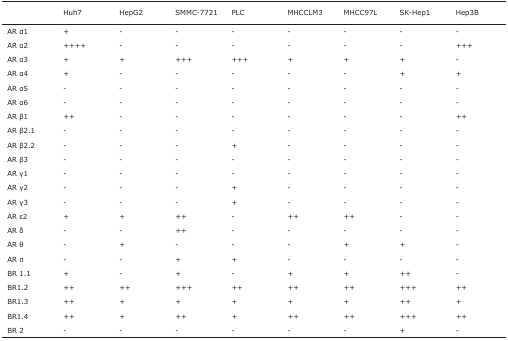
<table><thead><tr><td></td><td><b>Huh7</b></td><td><b>HepG2</b></td><td><b>SMMC-7721</b></td><td><b>PLC</b></td><td><b>MHCCLM3</b></td><td><b>MHCC97L</b></td><td><b>SK-Hep1</b></td><td><b>Hep3B</b></td></tr></thead><tbody><tr><td>AR α1</td><td>+</td><td>-</td><td>-</td><td>-</td><td>-</td><td>-</td><td>-</td><td>-</td></tr><tr><td>AR α2</td><td>++++</td><td>-</td><td>-</td><td>-</td><td>-</td><td>-</td><td>-</td><td>+++</td></tr><tr><td>AR α3</td><td>+</td><td>+</td><td>+++</td><td>+++</td><td>+</td><td>+</td><td>+</td><td>-</td></tr><tr><td>AR α4</td><td>+</td><td>-</td><td>-</td><td>-</td><td>-</td><td>-</td><td>+</td><td>+</td></tr><tr><td>AR α5</td><td>-</td><td>-</td><td>-</td><td>-</td><td>-</td><td>-</td><td>-</td><td>-</td></tr><tr><td>AR α6</td><td>-</td><td>-</td><td>-</td><td>-</td><td>-</td><td>-</td><td>-</td><td>-</td></tr><tr><td>AR β1</td><td>++</td><td>-</td><td>-</td><td>-</td><td>-</td><td>-</td><td>-</td><td>++</td></tr><tr><td>AR β2.1</td><td>-</td><td>-</td><td>-</td><td>-</td><td>-</td><td>-</td><td>-</td><td>-</td></tr><tr><td>AR β2.2</td><td>-</td><td>-</td><td>-</td><td>+</td><td>-</td><td>-</td><td>-</td><td>-</td></tr><tr><td>AR β3</td><td>-</td><td>-</td><td>-</td><td>-</td><td>-</td><td>-</td><td>-</td><td>-</td></tr><tr><td>AR γ1</td><td>-</td><td>-</td><td>-</td><td>-</td><td>-</td><td>-</td><td>-</td><td>-</td></tr><tr><td>AR γ2</td><td>-</td><td>-</td><td>-</td><td>+</td><td>-</td><td>-</td><td>-</td><td>-</td></tr><tr><td>AR γ3</td><td>-</td><td>-</td><td>-</td><td>+</td><td>-</td><td>-</td><td>-</td><td>-</td></tr><tr><td>AR ε2</td><td>+</td><td>+</td><td>++</td><td>-</td><td>++</td><td>++</td><td>-</td><td>-</td></tr><tr><td>AR δ</td><td>-</td><td>-</td><td>++</td><td>-</td><td>-</td><td>-</td><td>-</td><td>-</td></tr><tr><td>AR θ</td><td>-</td><td>+</td><td>-</td><td>-</td><td>-</td><td>+</td><td>+</td><td>-</td></tr><tr><td>AR π</td><td>-</td><td>-</td><td>+</td><td>+</td><td>-</td><td>-</td><td>-</td><td>-</td></tr><tr><td>BR 1.1</td><td>+</td><td>-</td><td>+</td><td>-</td><td>+</td><td>+</td><td>++</td><td>-</td></tr><tr><td>BR1.2</td><td>++</td><td>++</td><td>+++</td><td>++</td><td>++</td><td>++</td><td>+++</td><td>++</td></tr><tr><td>BR1.3</td><td>++</td><td>+</td><td>+</td><td>+</td><td>+</td><td>+</td><td>++</td><td>+</td></tr><tr><td>BR1.4</td><td>++</td><td>+</td><td>++</td><td>+</td><td>++</td><td>++</td><td>+++</td><td>++</td></tr><tr><td>BR 2</td><td>-</td><td>-</td><td>-</td><td>-</td><td>-</td><td>-</td><td>+</td><td>-</td></tr></tbody></table>